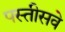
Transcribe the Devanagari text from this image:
पस्तीसवे